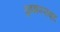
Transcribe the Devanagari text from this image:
मुझ्झफराबाद